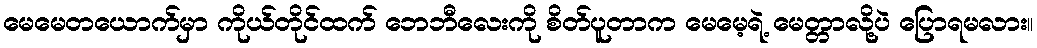
မေမေတယောက်မှာ ကိုယ်တိုင်ထက် ဘေဘီလေးကို စိတ်ပူတာက မေမေ့ရဲ့ မေတ္တာလို့ပဲ ပြောရမလား။